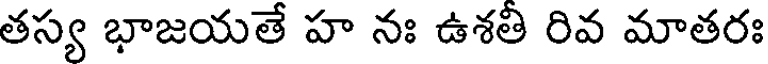
తస్య భాజయతే హ నః ఉశతి రివ మాతరః